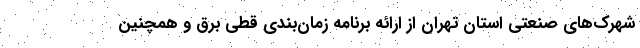
شهرک‌های صنعتی استان تهران از ارائه برنامه زمان‌بندی قطی برق و همچنین